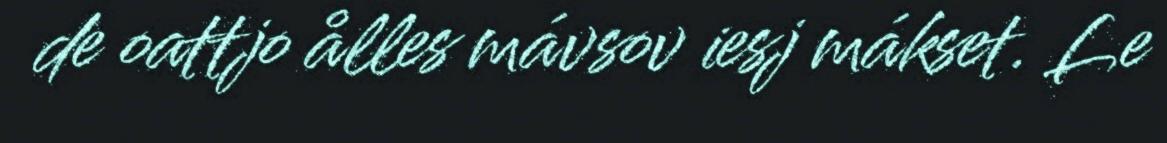
de oattjo ålles mávsov iesj mákset. Le